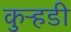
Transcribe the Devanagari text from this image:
कुऱ्हडी